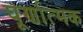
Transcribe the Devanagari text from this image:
घूर्णात्मक